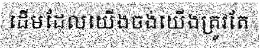
ដើមដែលយើងចង់យើងត្រូវតែ